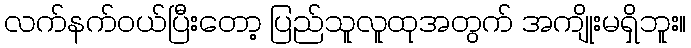
လက်နက်ဝယ်ပြီးတော့ ပြည်သူလူထုအတွက် အကျိုးမရှိဘူး။